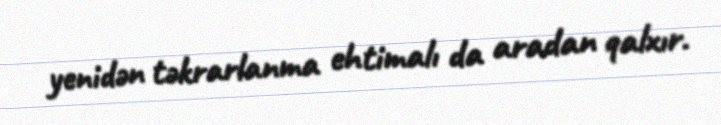
yenidən təkrarlanma ehtimalı da aradan qalxır.